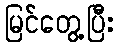
မြင်တွေ့ပြီး